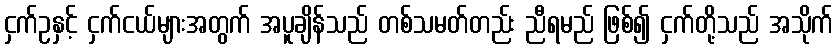
ငှက်ဥနှင့် ငှက်ငယ်များအတွက် အပူချိန်သည် တစ်သမတ်တည်း ညီရမည် ဖြစ်၍ ငှက်တို့သည် အသိုက်